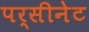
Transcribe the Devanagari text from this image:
पर्सीनेट